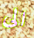
الى